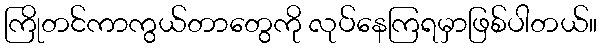
ကြိုတင်ကာကွယ်တာတွေကို လုပ်နေကြရမှာဖြစ်ပါတယ်။